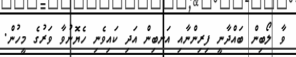
ވާ ލޯބިން ބައްދާނީ ފިރިންނާއި އަނބިން އަދި ކައިވެނި ހެޔޮނުވާ ވަރުގެ މީހުން.